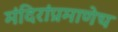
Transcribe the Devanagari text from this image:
मंदिरांप्रमाणेच